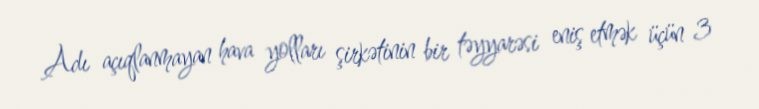
Adı açıqlanmayan hava yolları şirkətinin bir təyyarəsi eniş etmək üçün 3